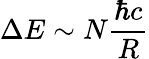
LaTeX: \Delta E\sim N\frac{\hbar c}{R}